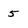
Character: 5